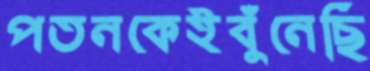
পতনকেইবুঁনেছি